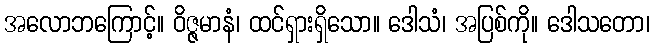
အလောဘကြောင့်။ ဝိဇ္ဇမာနံ၊ ထင်ရှားရှိသော။ ဒေါသံ၊ အပြစ်ကို။ ဒေါသတော၊